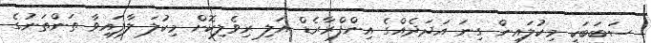
ސަބަބަކީ މިކުލައިން ގިނަ އަދަދެއްގެ އިންފްރާރެޑް އަލި ރިވެލިކޮށް މިކުލަ ލާފައިވާ ތަންތަނުގެ